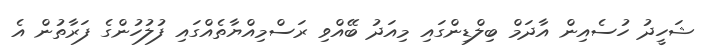
ޝަހީދު ހުސެއިން އާދަމް ބިލްޑިންގައި މިއަދު ބޭއްވި ރަސްމިއްޔާތެއްގައި ފުލުހުންގެ ފަރާތުން އެ